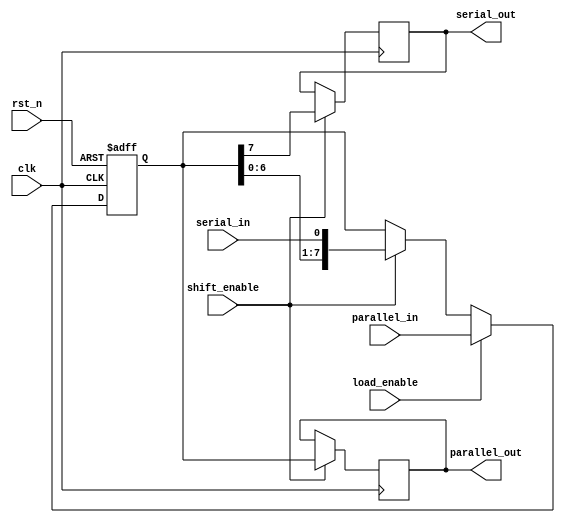
module ShiftRegister #(
    parameter WIDTH = 8  // Parameter for the width of the shift register
) (
    input  wire         clk,         // Clock input
    input  wire         rst_n,       // Active low reset
    input  wire         load_enable,  // Load enable signal
    input  wire         shift_enable, // Shift enable signal
    input  wire [WIDTH-1:0] parallel_in, // Parallel input data (for PISO/PIPO)
    input  wire         serial_in,   // Serial input data (for SISO/PISO)
    output reg [WIDTH-1:0] parallel_out, // Parallel output data (for SIPO/PIPO)
    output reg         serial_out     // Serial output data (for SISO/PISO)
);

reg [WIDTH-1:0] shift_reg; // Internal shift register storage

// Asynchronous reset and data loading/ shifting on clock edge
always @(posedge clk or negedge rst_n) begin
    if (!rst_n) begin
        shift_reg <= 0; // Reset the shift register to 0
    end else if (load_enable) begin
        // Load parallel data in PISO or PIPO mode
        shift_reg <= parallel_in;
    end else if (shift_enable) begin
        // Shift data: SISO or SIPO
        // Shift left, serial in goes into bit 0
        shift_reg <= {shift_reg[WIDTH-2:0], serial_in};
    end
end

// Generate parallel output for SIPO and PIPO modes
always @(posedge clk) begin
    if (shift_enable) begin
        parallel_out <= shift_reg; // Expected for SIPO
    end
end

// Generate serial output for SISO and PISO modes
always @(posedge clk) begin
    if (shift_enable) begin
        serial_out <= shift_reg[WIDTH-1]; // Output the MSB for SISO
    end
end

endmodule